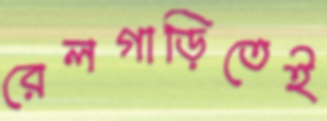
রেলগাড়িতেই